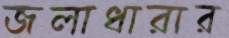
জলাধারার